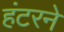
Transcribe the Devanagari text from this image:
हंटरने